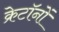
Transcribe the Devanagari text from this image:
क्रेटॉनों